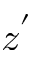
z ^ { ' }